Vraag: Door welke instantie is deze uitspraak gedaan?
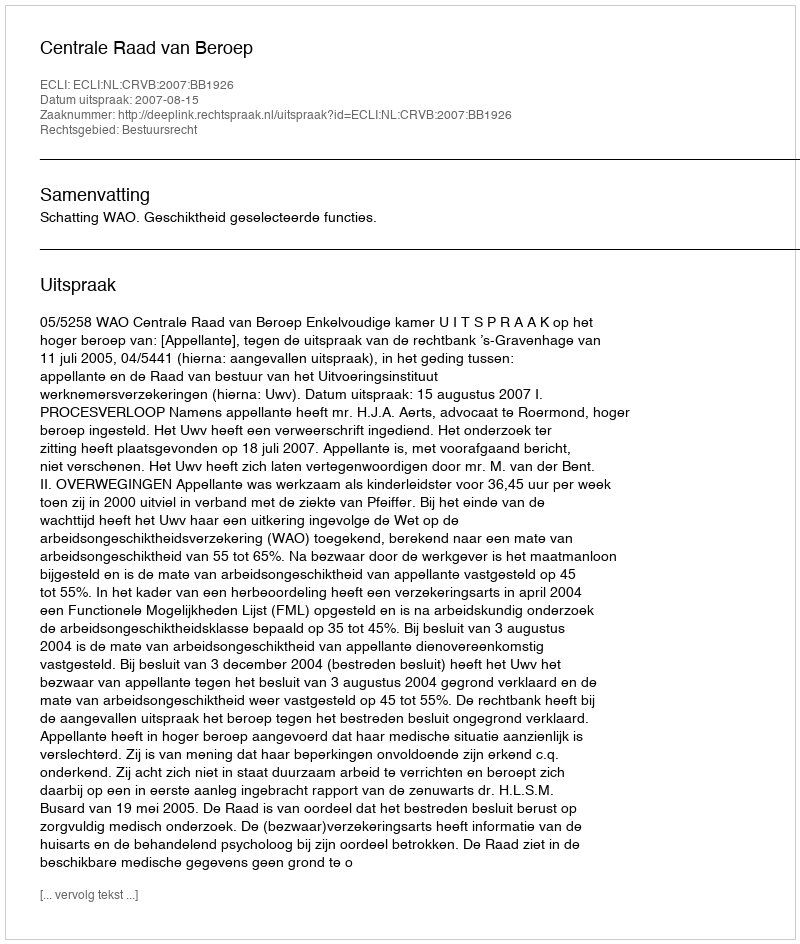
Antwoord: Centrale Raad van Beroep